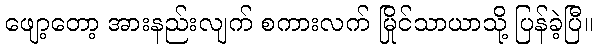
ဖျော့တော့ အားနည်းလျက် စကားလက် မြိုင်သာယာသို့ ပြန်ခဲ့ပြီ။